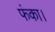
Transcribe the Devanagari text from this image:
फंका।